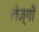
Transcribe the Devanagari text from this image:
लेज़्गों